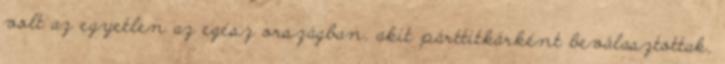
volt az egyetlen az egész országban, akit párttitkárként beválasztottak,